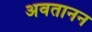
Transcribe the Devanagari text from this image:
अवतानन